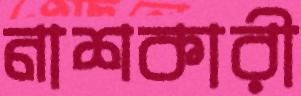
নাশকারী